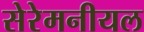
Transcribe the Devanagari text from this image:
सेरेमनीयल